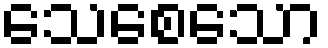
သေစေသော